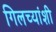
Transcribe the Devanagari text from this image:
गिलच्यांशी